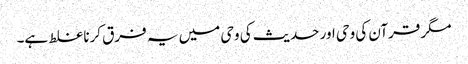
مگر قرآن کی وحی اور حدیث کی وحی میں یہ فرق کرنا غلط ہے۔